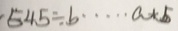
5 4 5 \div b \cdots a + 5